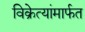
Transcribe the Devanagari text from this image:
विक्रेत्यांमार्फत